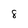
Character: 8